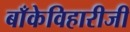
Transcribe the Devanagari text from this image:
बाँकेविहारीजी